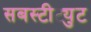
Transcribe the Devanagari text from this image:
सबस्टीट्युट